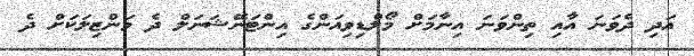
އަދި ދެވަނަ އާއި ތިންވަނަ އިނާމަށް މޯލްޑިވިއަންގެ އިންޓަނޭޝަނަލް ދެ މަންޒިލަކަށް ދެ